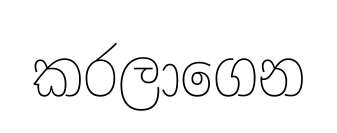
කරලාගෙන